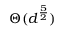
\Theta ( d ^ { \frac { 5 } { 2 } } )